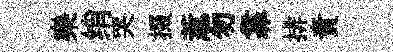
樂绡哭掇惹勿靠排責